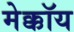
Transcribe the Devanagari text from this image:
मेक्कॉय